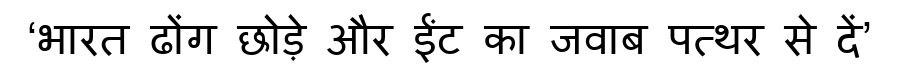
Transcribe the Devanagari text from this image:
‘भारत ढोंग छोड़े और ईंट का जवाब पत्थर से दें’